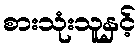
စားသုံးသူနှင့်